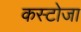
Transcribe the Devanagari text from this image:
कस्टोजा